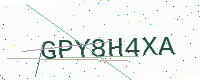
Text: GPY8H4XA